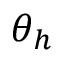
\theta _ { h }